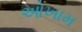
ઓખામ